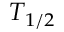
T _ { 1 / 2 }